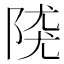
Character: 𨺖